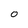
Character: O